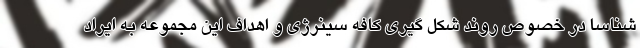
شناسا در خصوص روند شکل گیری کافه سینرژی و اهداف این مجموعه به ایراد